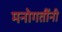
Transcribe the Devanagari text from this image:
मनोगतींनी